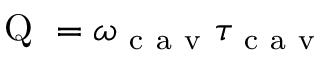
\mathrm { ~ Q ~ } = \omega _ { \mathrm { ~ c ~ a ~ v ~ } } \tau _ { \mathrm { ~ c ~ a ~ v ~ } }